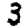
Digit: 3